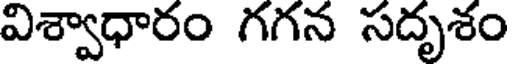
విశ్వాధారం గగన సదృశం